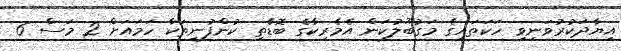
އިޔާދަކުރުވަނިވި ހަކަތައިގެ މަގުބޫލުކަން އެމެރިކާގެ ބޮޑެތި ކުންފުނިތަކާ ހަމައަށް 2 މަސް 6